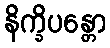
နိက္ခိပန္တော